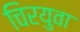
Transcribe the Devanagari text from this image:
चिरयुवा